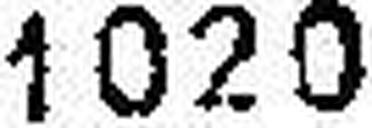
1020